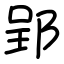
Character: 郢